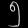
Digit: ၅